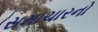
સમાચારનો